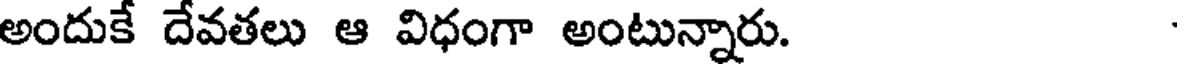
అందుకే దేవతలు ఆ విధంగా అంటున్నారు.